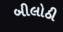
બીલોઠી